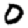
Digit: 0